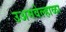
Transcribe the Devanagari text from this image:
उअमवेल्हाळा